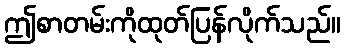
ဤစာတမ်းကိုထုတ်ပြန်လိုက်သည်။